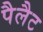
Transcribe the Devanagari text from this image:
पैलैट